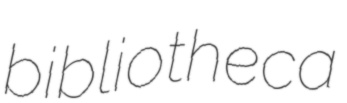
bibliotheca